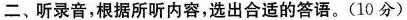
二、听录音,根据所听内容,选出合适的答语.(10分)